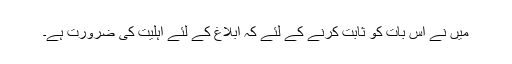
میں نے اس بات کو ثابت کرنے کے لئے کہ ابلاغ کے لئے اہلیت کی ضرورت ہے۔